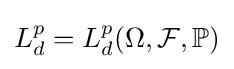
L_{d}^{p}=L_{d}^{p}(\Omega ,{\mathcal {F}},\mathbb {P} )